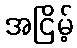
အငြိမ့်